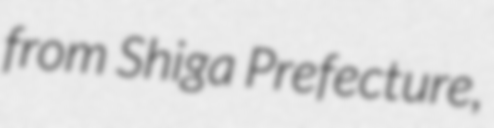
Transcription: from Shiga Prefecture,